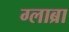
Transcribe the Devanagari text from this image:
ग्लाब्रा